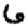
Digit: 6